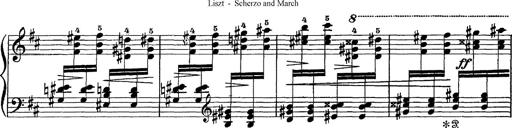
Title: Scherzo und Marsch
Composer: Franz Liszt